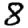
Digit: 8